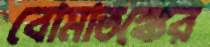
বোমাতঙ্কের